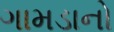
ગામડાનો